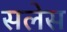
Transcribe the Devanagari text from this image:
सलेस